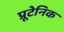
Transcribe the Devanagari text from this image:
प्रूटेनिक